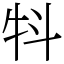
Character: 㸯